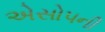
એસોપની